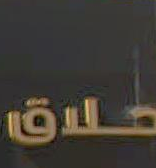
حدة